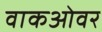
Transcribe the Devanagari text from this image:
वाकओवर